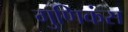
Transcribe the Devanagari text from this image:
गुणिकंस